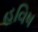
હવિષ